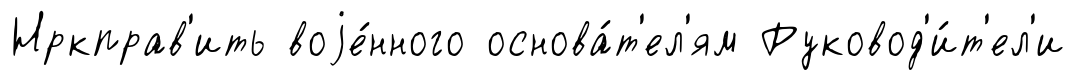
Нркправ'ить воjе́нного основа́т'ел'ям Руковод'и́т'ел'и